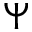
\Psi